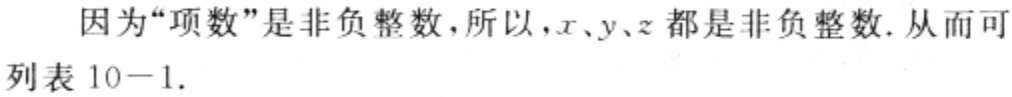
因为“项数”是非负整数，所以，\(x、y、z\)都是非负整数. 从而可列表 \(10 - 1\).